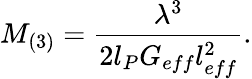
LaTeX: M_{(3)}=\frac{\lambda^{3}}{2l_{P}G_{eff}l_{eff}^{2}}.